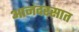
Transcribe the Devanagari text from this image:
आनंदरसात